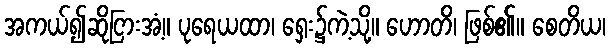
အကယ်၍ဆိုငြားအံ့။ ပုရေယထာ၊ ရှေး၌ကဲ့သို့။ ဟောတိ၊ ဖြစ်၏။ စေတိယ၊